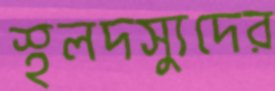
স্থলদস্যুদের